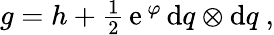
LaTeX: \begin{array}{r}{g=h+\frac{1}{2}{\, \mathrm e}\, ^{\varphi}\, \mathrm{d}q\otimes\mathrm{d}q\ ,}\end{array}